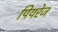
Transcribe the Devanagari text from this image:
पियरेज